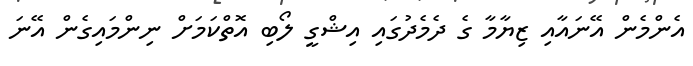
އެންމެން އޭނައާއި ޒިޔާމާ ގެ ދެމެދުގައި އިޝްގީ ލޯބި އޮތްކަމަށް ނިންމައިގެން އޭނަ